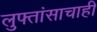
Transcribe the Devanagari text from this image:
लुफ्तांसाचाही